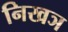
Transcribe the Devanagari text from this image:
निखञ